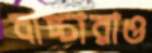
বাচ্চারাও